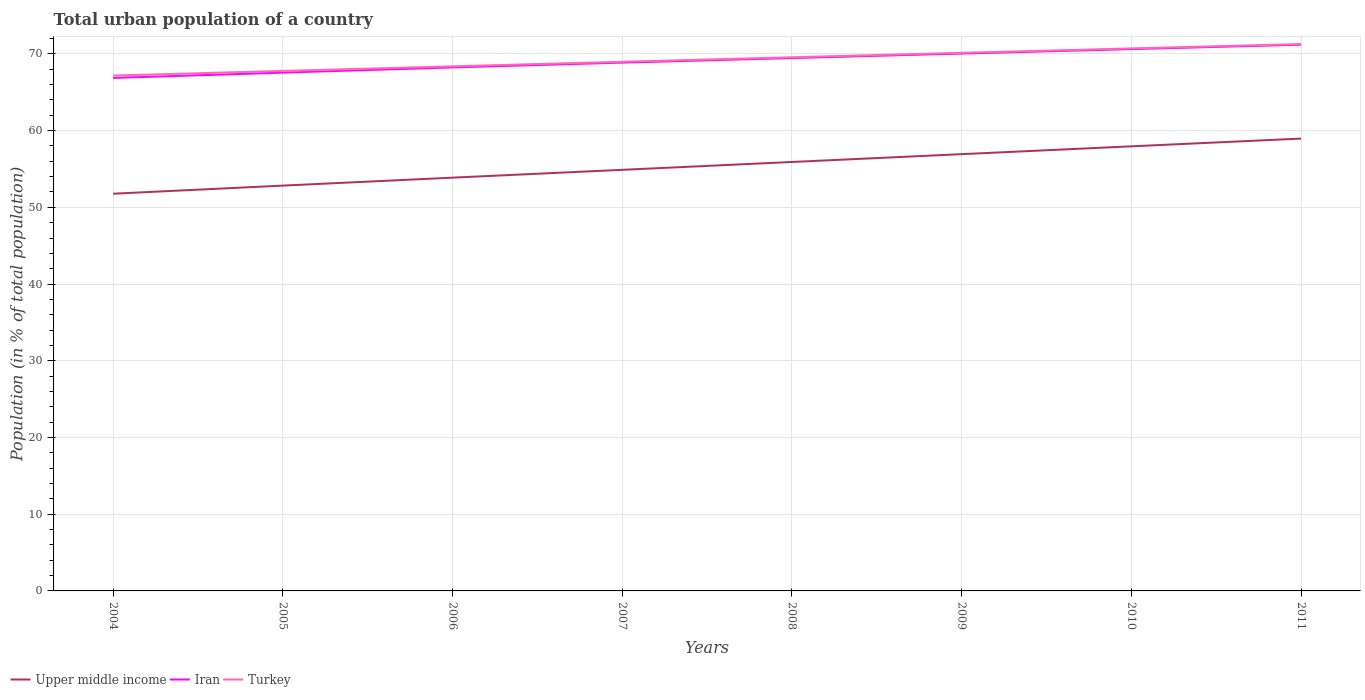
| Years | Upper middle income | Iran | Turkey |
 | --- | --- | --- | --- |
 | 2004 | 51.8 | 66.9 | 67.2 |
 | 2005 | 52.8 | 67.6 | 67.8 |
 | 2006 | 53.9 | 68.2 | 68.4 |
 | 2007 | 54.9 | 68.9 | 69 |
 | 2008 | 55.9 | 69.5 | 69.6 |
 | 2009 | 56.9 | 70 | 70.1 |
 | 2010 | 58 | 70.6 | 70.7 |
 | 2011 | 59 | 71.2 | 71.3 |